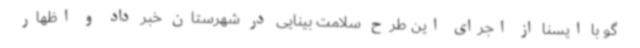
گو با ایسنا از اجرای این طرح سلامت بینایی در شهرستان خبر داد و اظهار